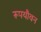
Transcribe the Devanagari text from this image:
रूपयौवन